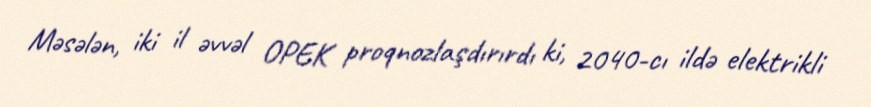
Məsələn, iki il əvvəl OPEK proqnozlaşdırırdı ki, 2040-cı ildə elektrikli